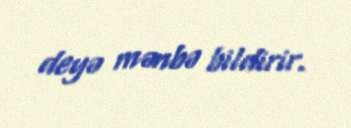
deyə mənbə bildirir.